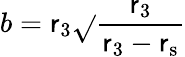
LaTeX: b=\mathsf{r}_{3}{\sqrt{}{{\frac{{\mathsf{r}_{3}}}{{\mathsf{r}_{3}-\mathsf{r}_{\mathrm{{{s}}}}}}}}}